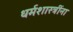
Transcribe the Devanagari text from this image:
धर्मशास्त्रींना